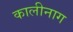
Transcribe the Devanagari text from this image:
कालीनाग